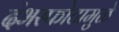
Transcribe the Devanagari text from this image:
दंभस्फोटामुळे